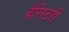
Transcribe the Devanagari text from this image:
वैरिस्टरी